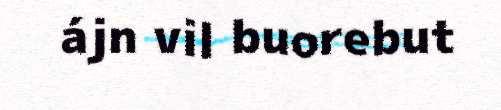
ájn vil buorebut